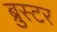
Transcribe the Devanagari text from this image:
ब्रुस्टर